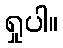
ရှုပါ။